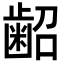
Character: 𮯃